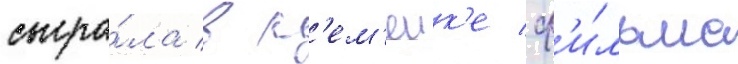
сыгра́ла в р'ем'еик'е ф'и́льма